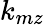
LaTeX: k_{mz}